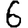
Digit: 6